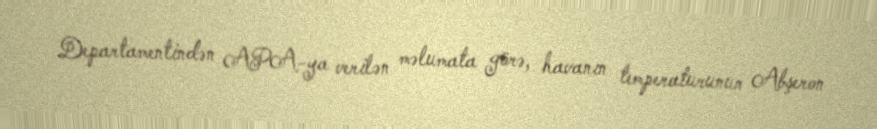
Departamentindən APA-ya verilən məlumata görə, havanın temperaturunun Abşeron